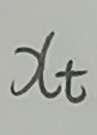
$x_t$